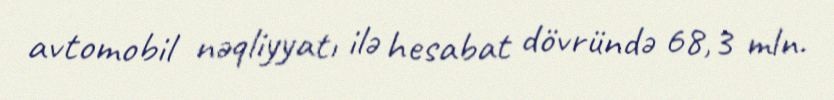
avtomobil nəqliyyatı ilə hesabat dövründə 68,3 mln.